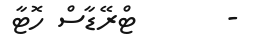
-       ޓްރޭޑާސް ހޮޓާ